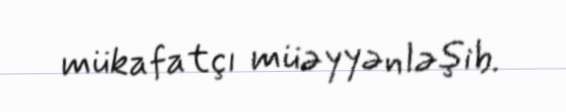
mükafatçı müəyyənləşib.